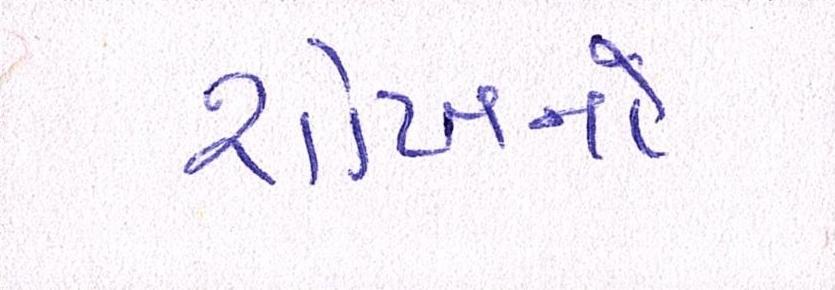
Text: શોખને